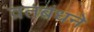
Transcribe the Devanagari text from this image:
व्रतबंधने